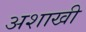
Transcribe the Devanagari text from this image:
अशाखी